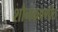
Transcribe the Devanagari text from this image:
शौनकप्रणीत